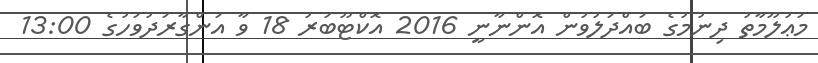
މަޢުލޫމާތު ދިނުމުގެ ބައްދަލުވުން އޮންނާނީ 2016 އޮކްޓޫބަރު 18 ވާ އަންގާރަދުވަހުގެ 13:00